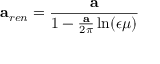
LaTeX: { \bf a } _ { r e n } = { \frac { \bf a } { 1 - { \frac { \bf a } { 2 \pi } } \ln ( { \epsilon \mu } ) } }